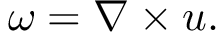
{ \boldsymbol { \omega } } = \nabla \times { \boldsymbol { u } } .